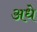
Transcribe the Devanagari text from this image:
अधे